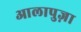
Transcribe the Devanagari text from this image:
आलापुज़ा